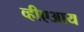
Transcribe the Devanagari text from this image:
व्हीएआय